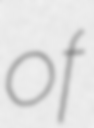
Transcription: of